Indian Medical Review
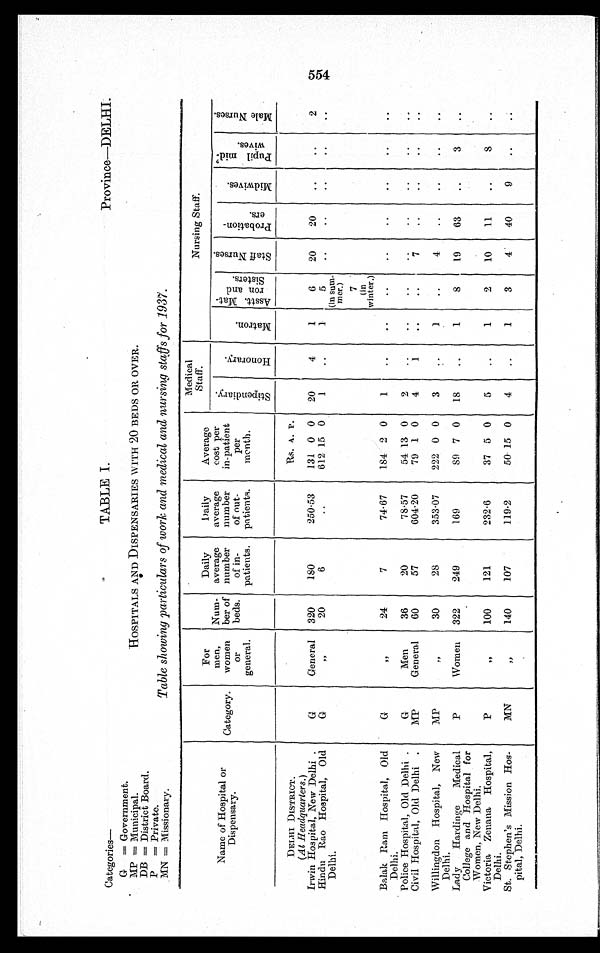
Province—DELHI.
Categories—
G = Government.
MP = Municipal.
DB = District Board.
P = Private.
MN = Missionary.
TABLE I.
HOSPITALS AND DISPENSARIES WITH 20 BEDS OR OVER.
Table showing particulars of work and medical and nursing staffs for 1937.
Name of Hospital or
Dispensary.
Category.
For
men,
women
or
general.
Num-
ber of
beds.
Daily
average
number
of in-
patients.
Daily
average
number
of out-
patients.
Average
cost per
in-patient
per
month.
Medical
Staff.
Nursing Staff.
S t i p e n d i a r y .
H o n o r a r y .
M a t r o n .
A s s t . M a t - r o n a n d S i s t e r s .
S t a f f N u r s e s .
P r o b a t i o n - e r s .
M i d w i v e s .
P up
i l m i d w i v e s .
M a l e N u r s e s .
DELHI DISTRICT.
Rs. A. P.
(At Headquarters.)
Irwin Hospital, New Delhi.
G General 320
180
250.53 131 0 0 20
4
1
6 20 20
2
Hindu Rao Hospital, Old
Delhi.
G
" 20
6
612 15 0 1
1
5
(in sum-
mer.)
7
(in
winter.)
Balak Ram Hospital, Old
Delhi.
G
" 24
7
74.67 184 2 0 1
Police Hospital, Old Delhi.
G
Men
36
20
78.57
54 13 0 2
Civil Hospital, Old Delhi.
MP
General 60
57
604.20
79 1 0 4
1
7
Willingdon Hospital, New
Delhi.
MP
" 30
28
353.07 222 0 0 3
1
4
Lady Hardinge Medical
College and Hospital for
Women, New Delhi.
P
Women 322 249
169
89 7 0 18
1
8 19 63
3
Victoria Zenana Hospital,
Delhi.
P
"
100
121
232.6
37 5 0 5
1
2 10 11
8
St. Stephen's Mission Hos-
pital, Delhi.
MN
" 140
107
119.2
50 1 5
0 4
1
3
4 40
9
554